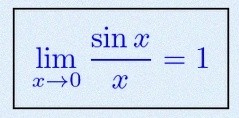
\lim_{x\to0}\frac{\sin x}{x}=1